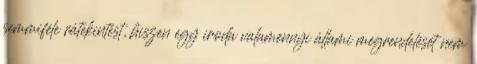
semmiféle rátekintést, hiszen egy iroda valamennyi állami megrendelését nem